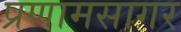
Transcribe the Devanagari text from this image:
प्रणामसागर